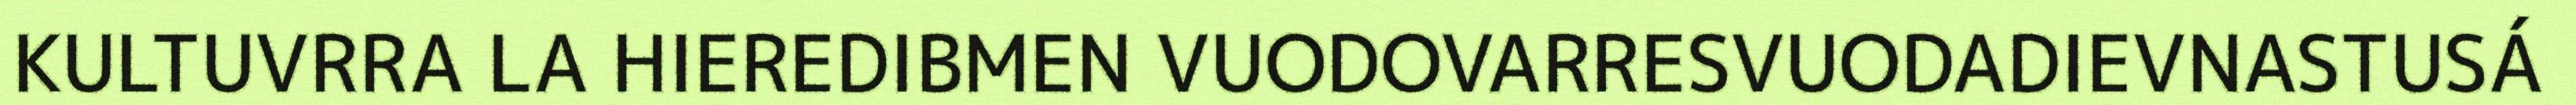
KULTUVRRA LA HIEREDIBMEN VUODOVARRESVUODADIEVNASTUSÁ